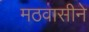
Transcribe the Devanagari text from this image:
मठवासीने